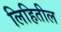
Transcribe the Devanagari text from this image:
लिहितील